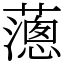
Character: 𦿞